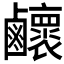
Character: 𪊉